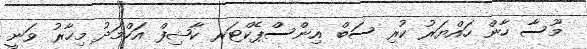
މޫސާ ހާން ހައްޔަރު ކުރި ސަބް އިންސްޕެކްޓަރ ކާޝިފް އަހްމަދު މިހާރު ވަނީ